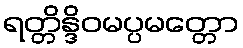
ရတ္တိန္ဒိဝမပ္ပမတ္တော